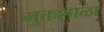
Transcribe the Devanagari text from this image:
मुक्तशाळा